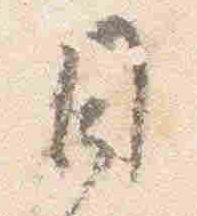
日